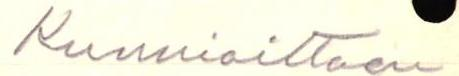
Kunnioittaen